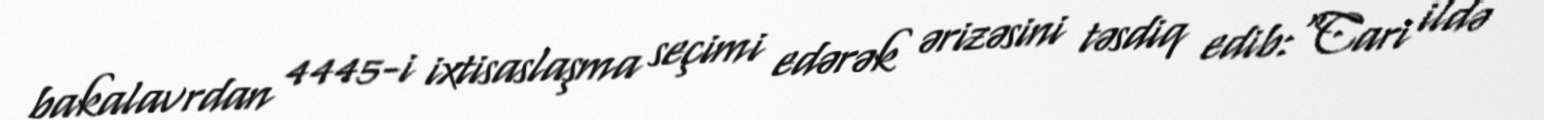
bakalavrdan 4445-i ixtisaslaşma seçimi edərək ərizəsini təsdiq edib:“Cari ildə